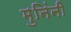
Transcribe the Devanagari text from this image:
मुनिंनी